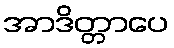
အာဒိတ္တာပေ